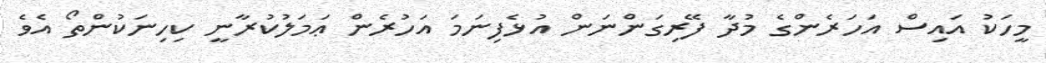
މީހަކު އައިސް އަހަރެންގެ މުދާ ފޭރިގަންނަން އުޅެފިނަމަ އަހުރެން ޢަމަލުކުރާނީ ކިހިނަކުންތޯ އެވެ